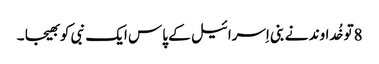
8تو خُداوند نے بنی اِسرائیل کے پاس ایک نبی کو بھیجا ۔